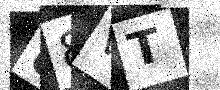
Text: 88VT